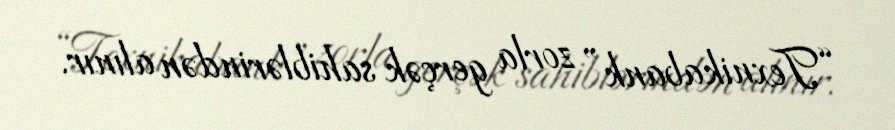
“Texnikabank” zorla gerçək sahiblərindən alınır.